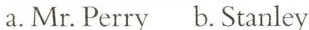
a.Mr. Perry b. Stanley